Petrogradi_Kontroll-Opteerimise_Komisjon, lk 382
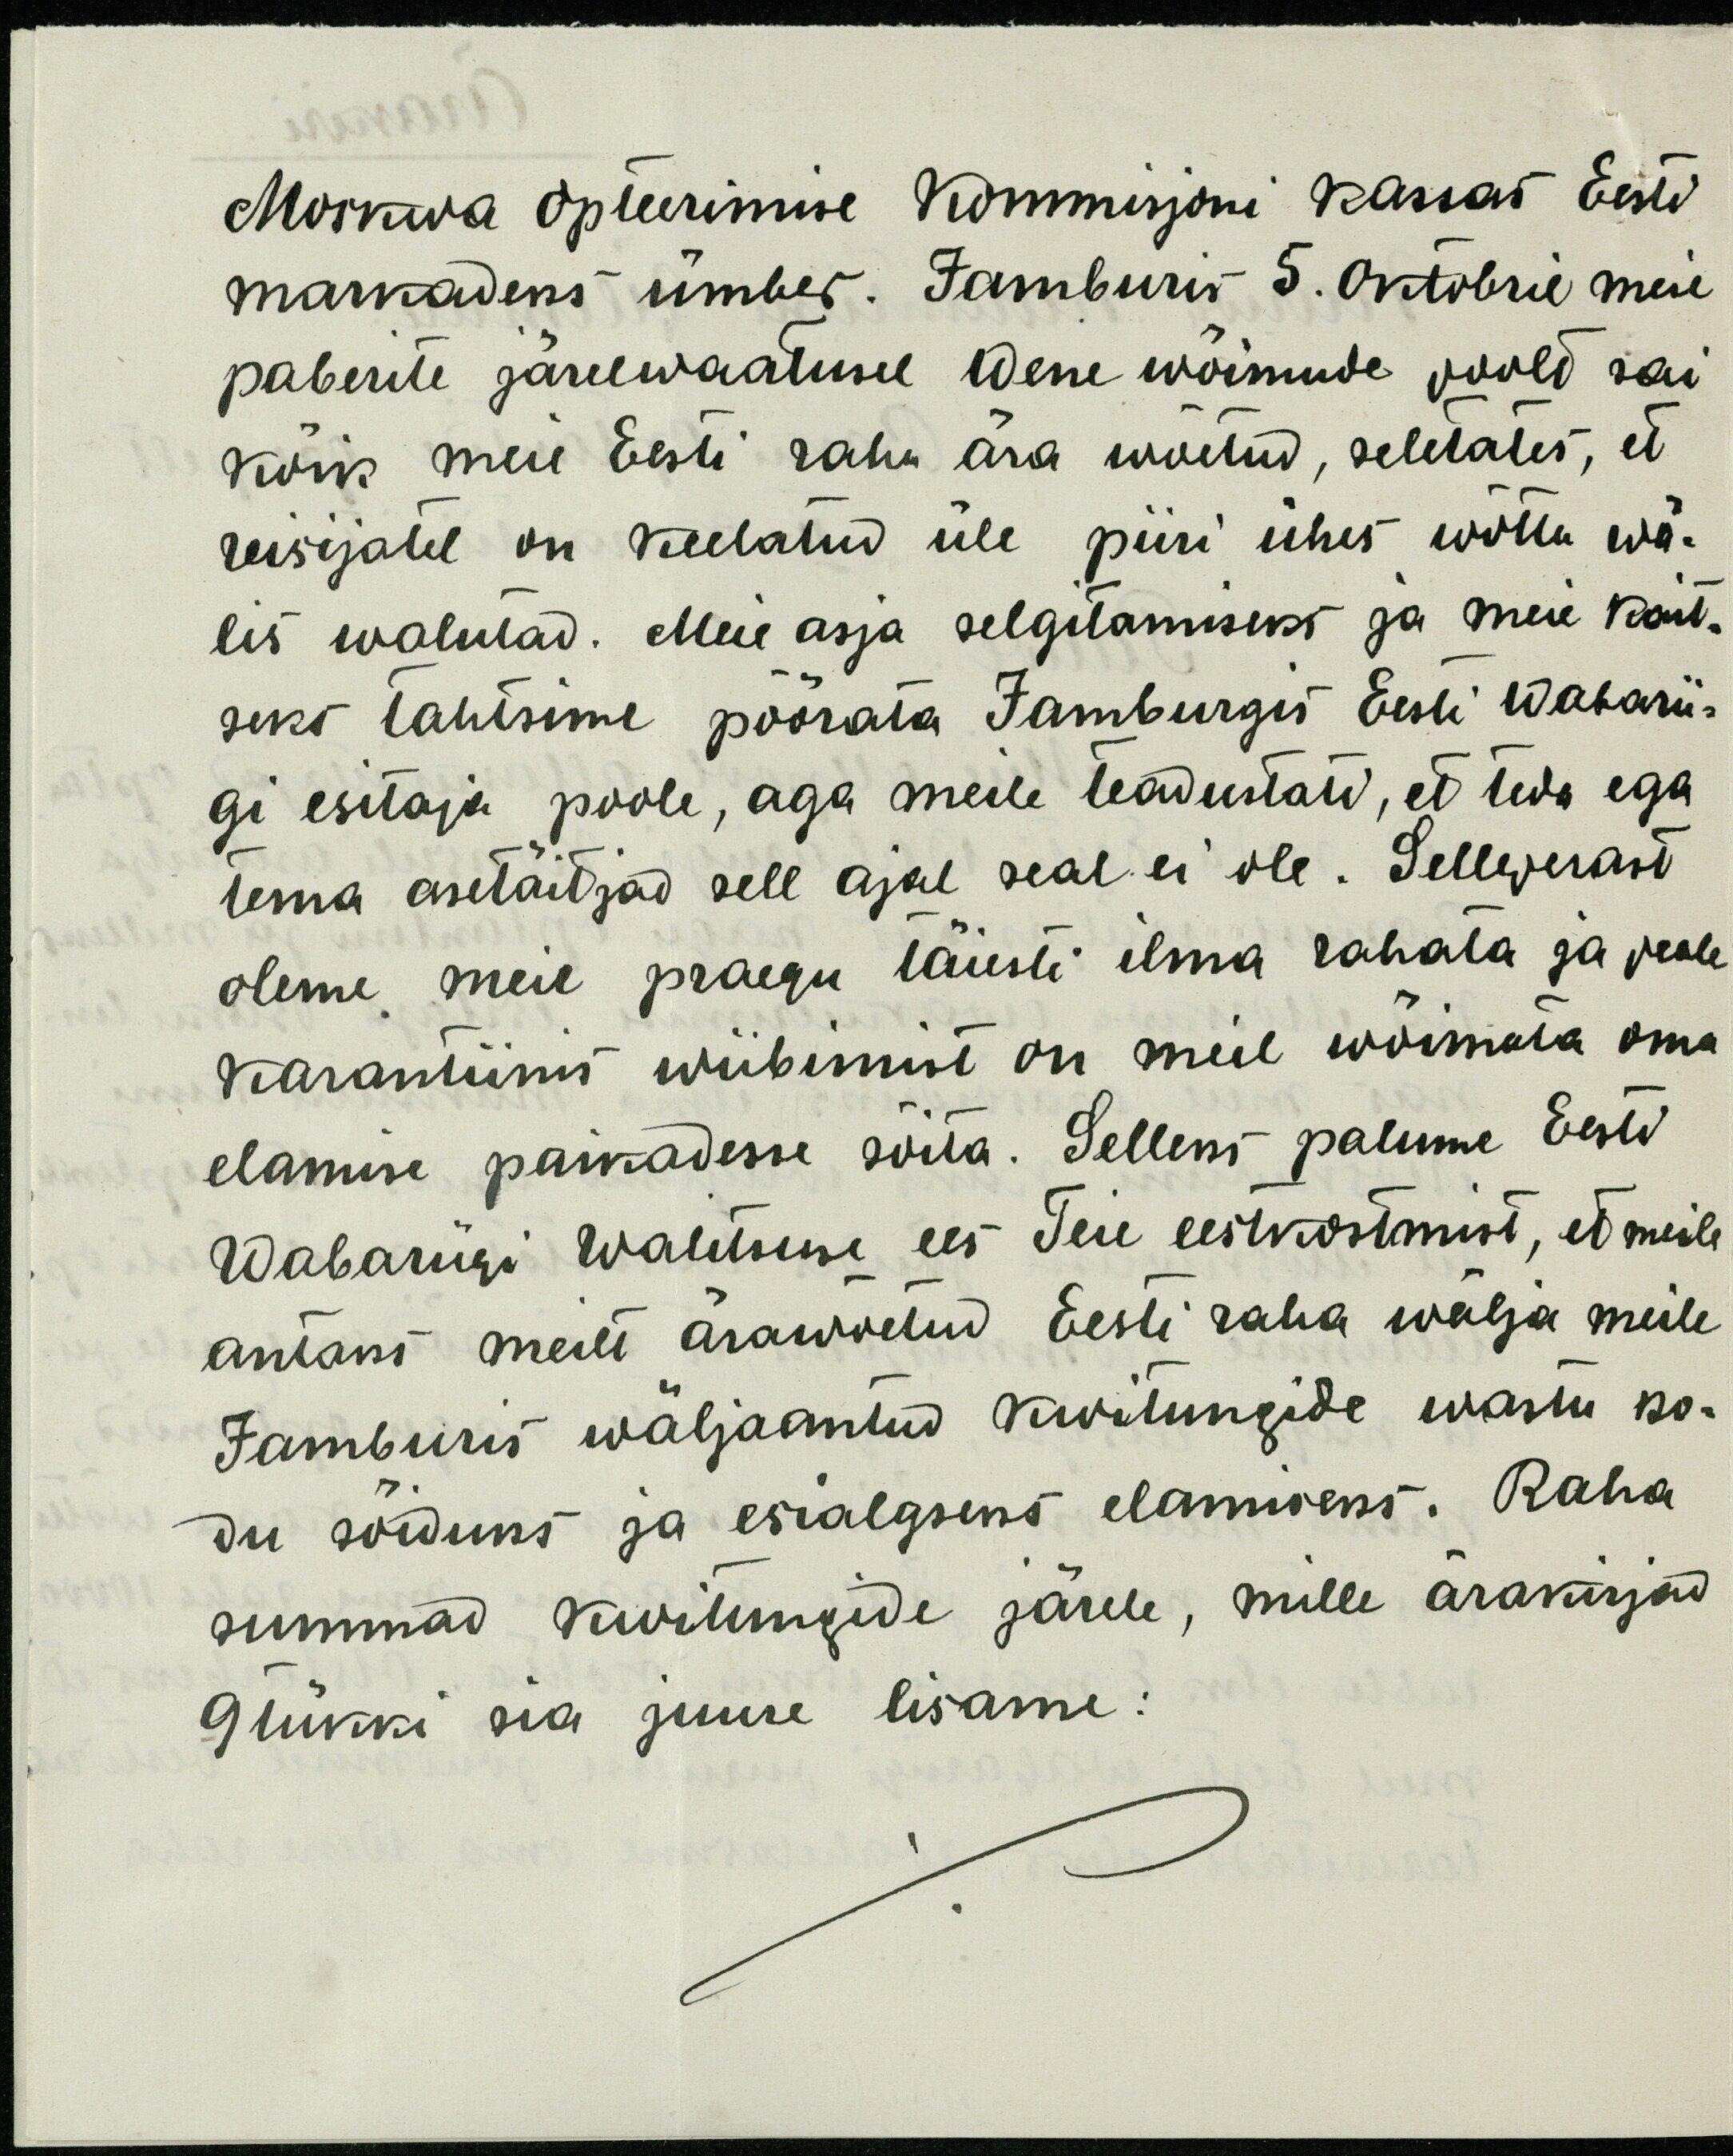
Moskwa opteerimise Kommisjoni kassas Eesti
markadeks ümber. Jamburis 5. oktobril meie
paberite järelwaatusel Wene wõimude poold sai
kõik meie Eesti raha ära wõetud, seletates, et
reisijatel on keelatud üle piiri ühes wõtta wä-
lis walutad. Meie asja selgitamiseks ja meie kait-
seks tahtsime pöörata Jamburgis Eesti Wabarii-
gi esitaja poole, aga meile teadustati, et teda ega
tema asetäitjad sell ajal seal ei ole. Selleperast
oleme meie praegu täiesti ilma rahata ja peale
karantiinis wiibimist on meil wõimata oma
elamise paikadesse sõita. Selleks palume Eesti
Wabariigi walitsuse ees Teie eestkostmist, et meile
antaks meilt ärawõetud Eesti raha wälja meile
Jamburis wäljaantud kwitungide wastu ko-
du sõiduks ja esialgseks elamiseks. Raha
summad kwitungide järele, mille ärakirjad
9 tükki sia juure lisame: